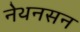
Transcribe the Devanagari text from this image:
नेथनसन